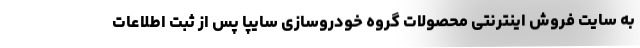
به سایت فروش اینترنتی محصولات گروه خودروسازی سایپا پس از ثبت اطلاعات